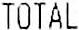
TOTAL